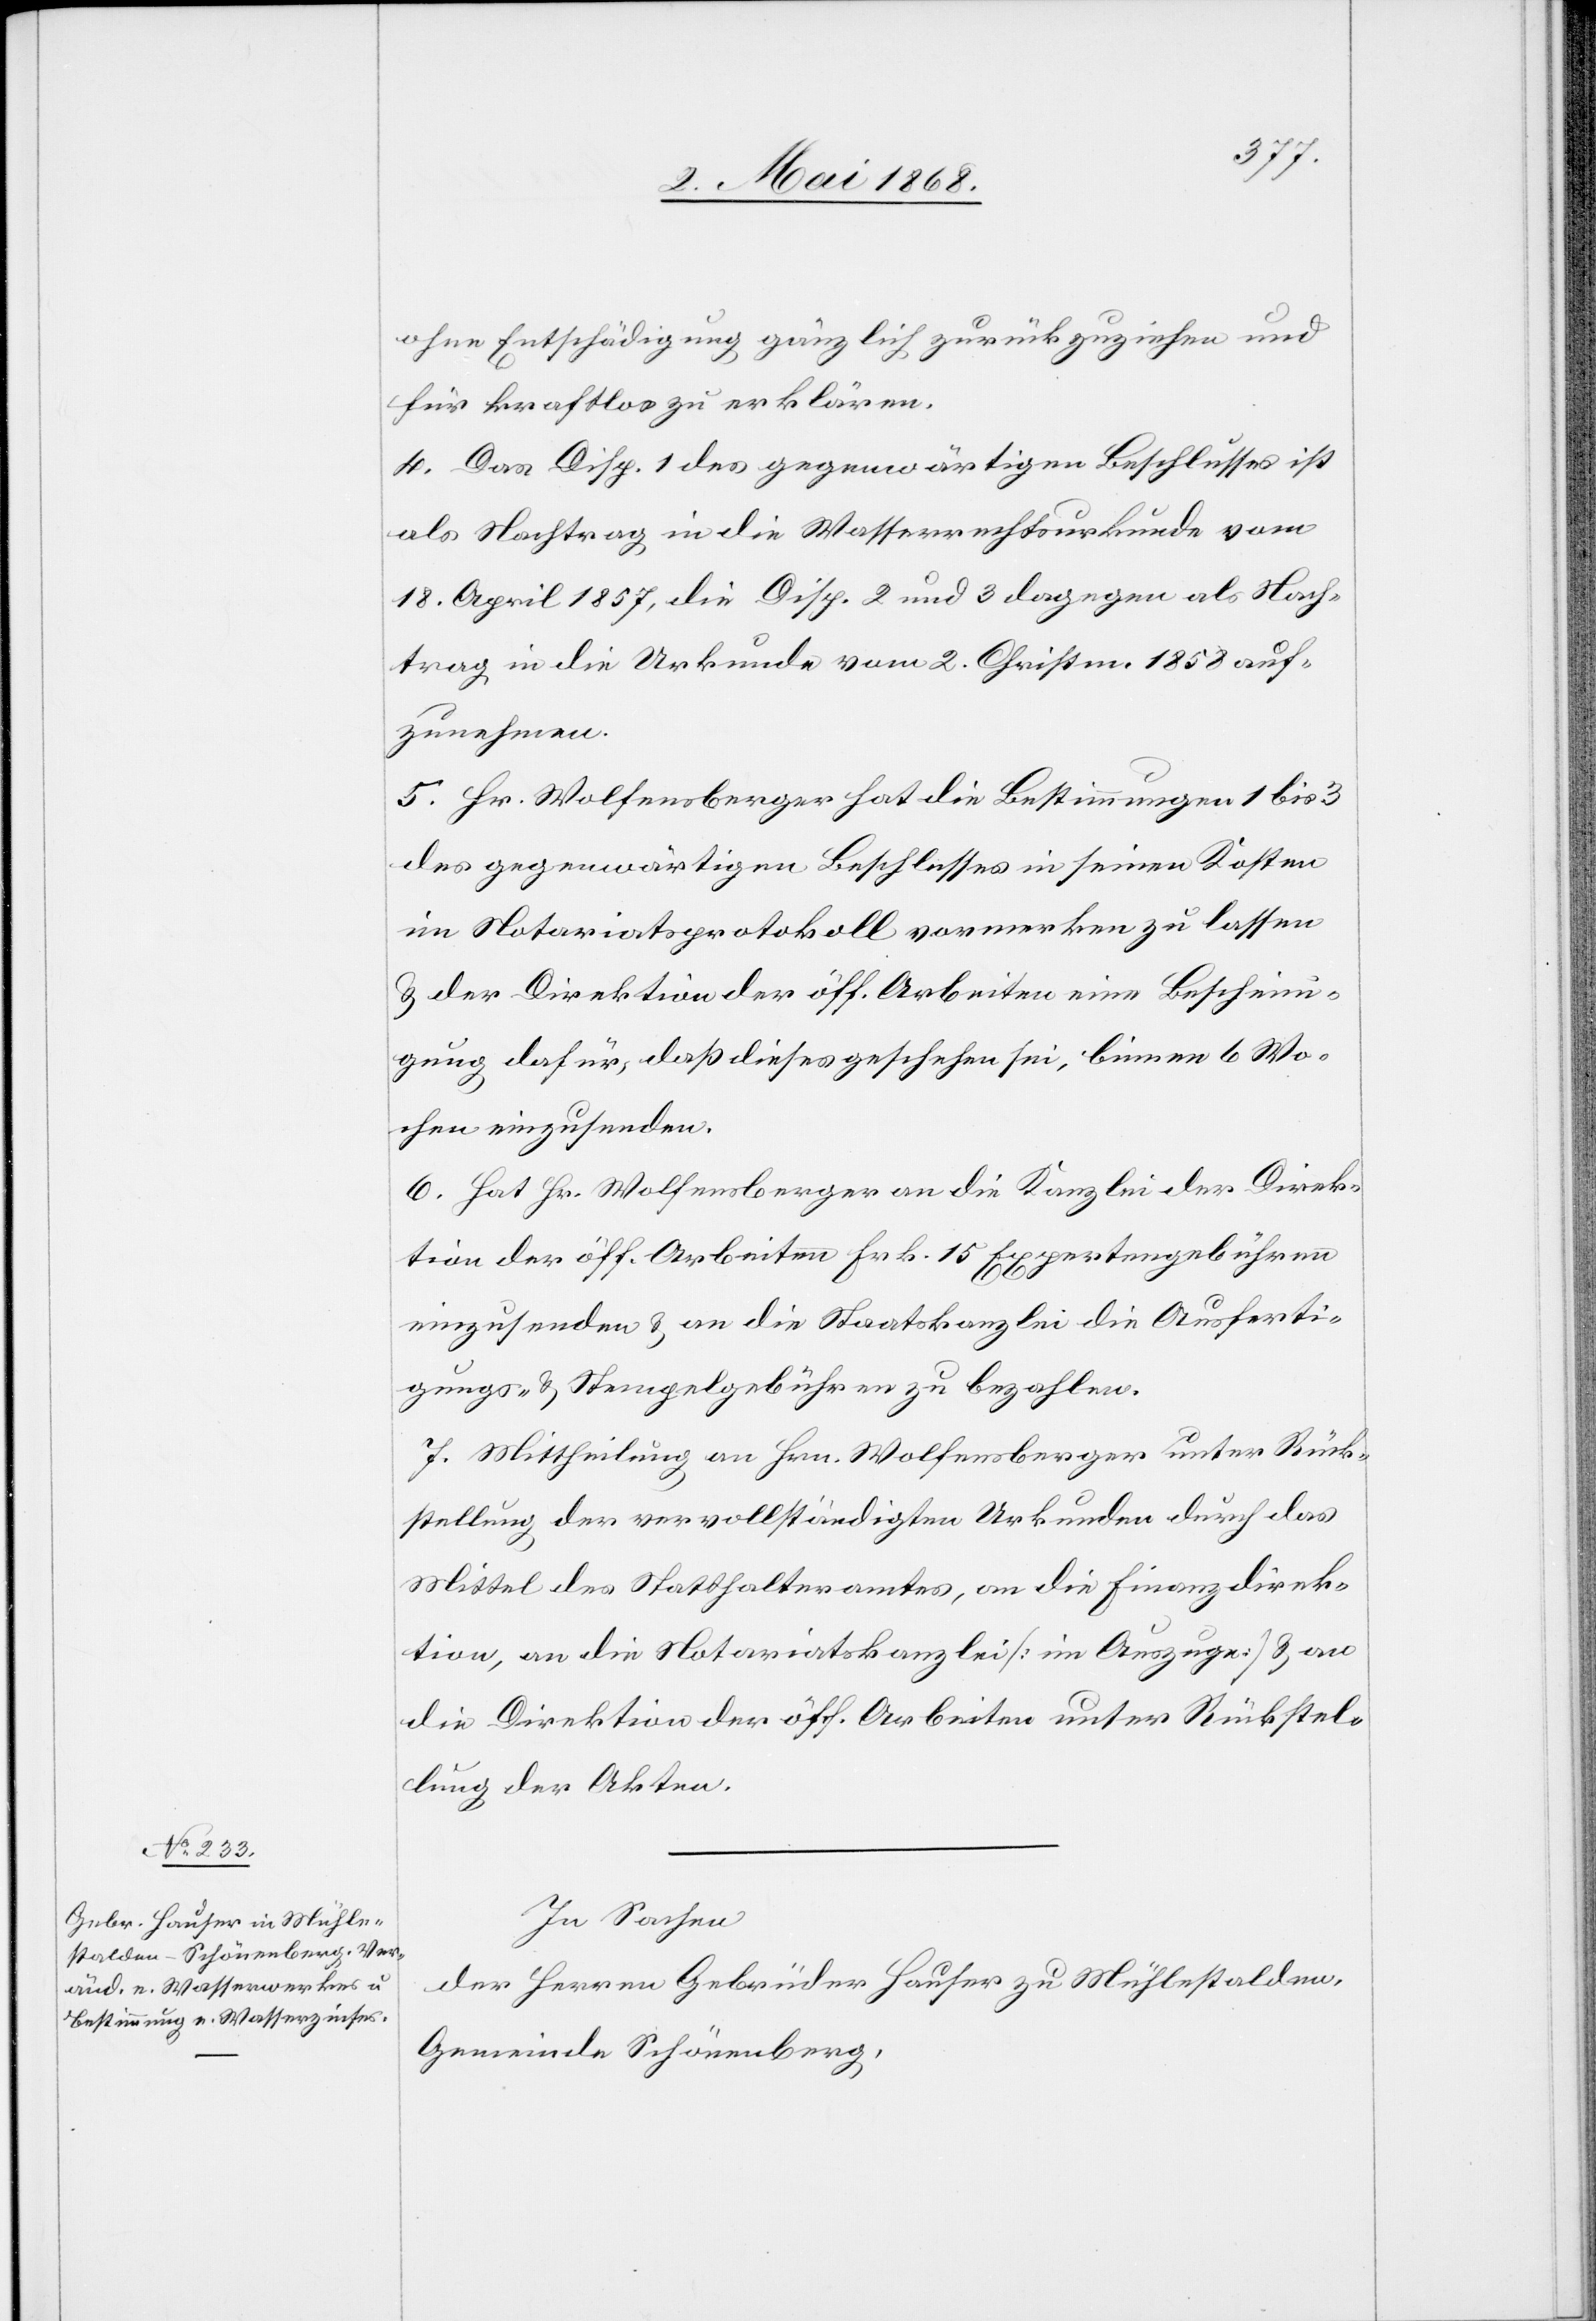
ohne Entschädigung gänzlich zurückzuziehen und
für kraftlos zu erklären.
4. Das Disp. 1 des gegenwärtigen Beschlusses ist
als Nachtrag in die Wasserrechtsurkunde vom
18. April 1857, die Disp. 2 und 3 dagegen als Nach¬
trag in die Urkunde vom 2. Christm. 1858 auf¬
zunehmen.
5. Hr. Wolfensberger hat die Bestimmungen 1 bis 3
des gegenwärtigen Beschlusses in seinen Kosten
im Notariatsprotokoll vormerken zu lassen
& der Direktion der öff. Arbeiten eine Bescheini¬
gung dafür, daß dieses geschehen sei, binnen 6 Wo¬
chen einzusenden.
6. Hat Hr. Wolfensberger an die Kanzlei der Direk¬
tion der öff. Arbeiten Frk. 15 Expertengebühren
einzusenden & an die Staatskanzlei die Ausferti¬
gungs- & Stempelgebühren zu bezahlen.
7. Mittheilung an Hrn. Wolfensberger unter Rück¬
stellung der vervollständigten Urkunden durch das
Mittel des Statthalteramtes, an die Finanzdirek¬
tion, an die Notariatskanzlei [im Auszuge] & an
die Direktion der öff. Arbeiten unter Rückstel¬
lung der Akten.